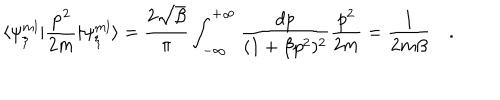
\langle \psi _ { { \xi } } ^ { m l } \vert \frac { { \bf { p } } ^ { 2 } } { 2 m } \vert \psi _ { { \xi } } ^ { m l } \rangle = \frac { 2 \sqrt { \beta } } { \pi } \int _ { - \infty } ^ { + \infty } \frac { d p } { ( 1 + \beta p ^ { 2 } ) ^ { 2 } } \frac { p ^ { 2 } } { 2 m } = \frac { 1 } { 2 m \beta } \quad .